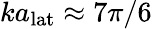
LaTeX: ka_{\mathrm{lat}}\approx 7\pi/6